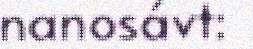
nanosávt: